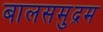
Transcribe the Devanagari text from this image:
बालसमुद्रम